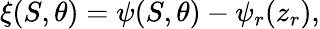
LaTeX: \xi(S,\theta)=\psi(S,\theta)-\psi_{r}(z_{r}),